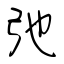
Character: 弛